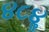
૪૮૪ૢ